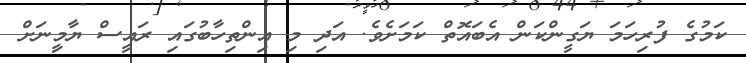
ކަމުގެ ފުރިހަމަ ޔަގީންކަން އެބައޮތް ކަމަށެވެ. އަދި މި އިންތިހާބުގައި ރައީސް ޔާމީިނަށް